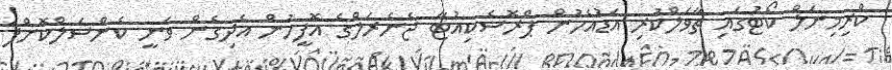
ކްރިމިނަލް ކޯޓުގައި ތާވަލްކުރި އަޑުއެހުން ޕްރޮސެކިއުޓާ ޖެނެރަލްގެ އޮފީހުން އެދިގެން ވަނީ ކެންސަލްކޮށްފަ